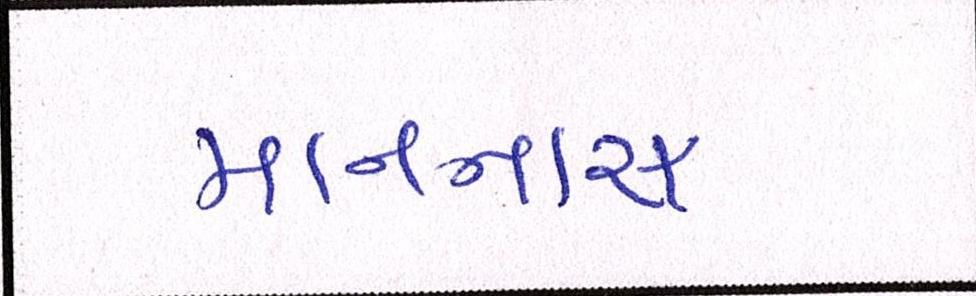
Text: માનનારા